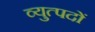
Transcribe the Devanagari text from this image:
व्युत्पदों